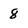
Character: 8